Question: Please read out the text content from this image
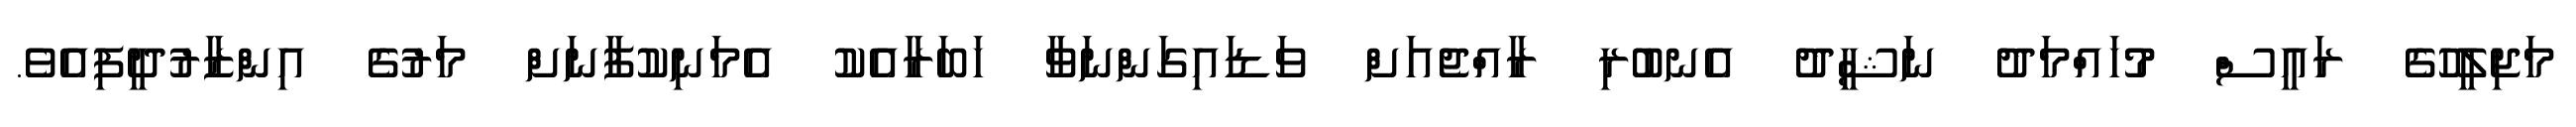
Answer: މަޖިލީހުގެ ރައީސް މުހައްމަދު ނަޝީދު އެނބުރި ރާއްޖެއަށް ވަޑައިގަންނަވާ ހަބަރާއެކު އެމަނިކުފާނަށް މަރުގެ އިންޒާރުދީފިއެވެ.